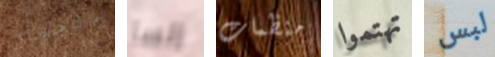
بالجمال إلسا منظمات تهتموا لبس